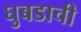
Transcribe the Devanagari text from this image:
घुबडाची